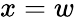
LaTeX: x=w